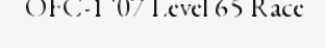
OFC-1 '07 Level 65 Race